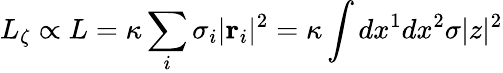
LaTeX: L_{\zeta}\propto L=\kappa\sum_{i}\sigma_{i}|\mathbf{r}_{i}|^{2}=\kappa\int dx^{1}dx^{2}\sigma|z|^{2}